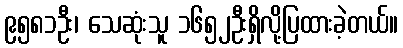
၉၅၈၁ဦး၊ သေဆုံးသူ ၁၆၅၂ဦးရှိလို့ပြထားခဲ့တယ်။